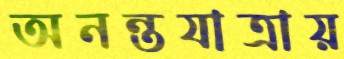
অনন্তযাত্রায়